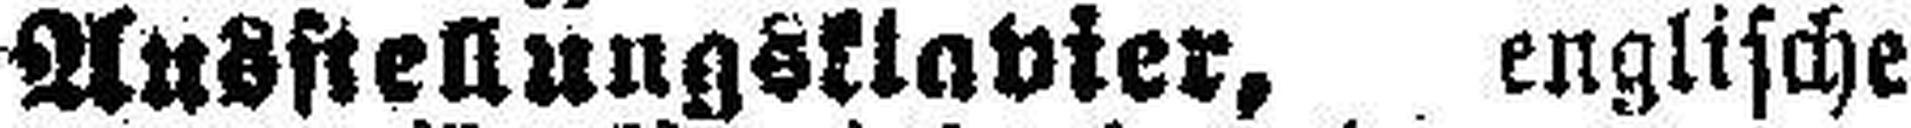
Austellungsklavier, englische